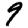
Digit: 9